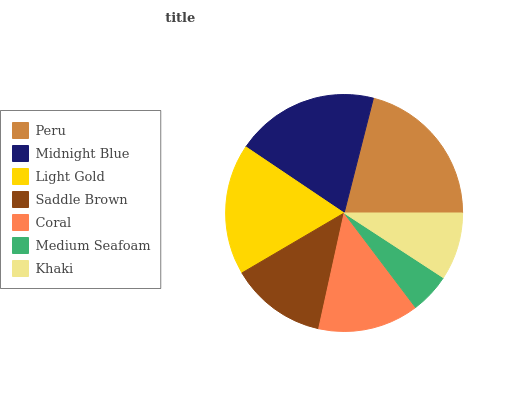
| Peru | Midnight Blue | Light Gold | Saddle Brown | Coral | Medium Seafoam | Khaki |
 | --- | --- | --- | --- | --- | --- | --- |
 | 21% | 19.6% | 17.8% | 13.1% | 13.8% | 5.49% | 9.2% |